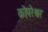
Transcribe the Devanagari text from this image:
कोपरेश्वर